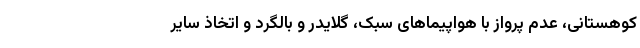
کوهستانی، عدم پرواز با هواپیماهای سبک، گلایدر و بالگرد و اتخاذ سایر